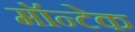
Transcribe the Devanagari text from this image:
मॉन्टेक